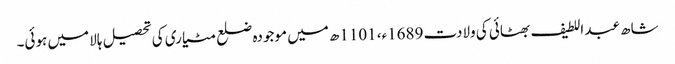
شاھ عبد اللطیف بھٹائی کی ولادت 1689ء، 1101ھ میں موجودہ ضلع مٹیاری کی تحصیل ہالا میں ہوئی۔